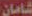
شامان